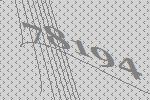
78194